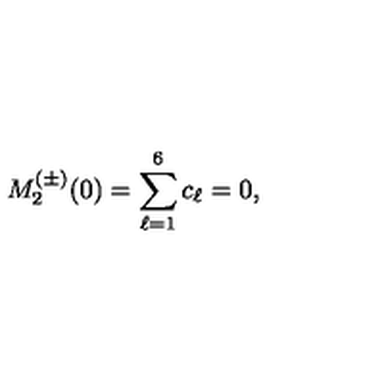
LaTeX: M _ { 2 } ^ { ( \pm ) } ( 0 ) = \sum _ { \ell = 1 } ^ { 6 } c _ { \ell } = 0 ,